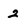
Character: 2